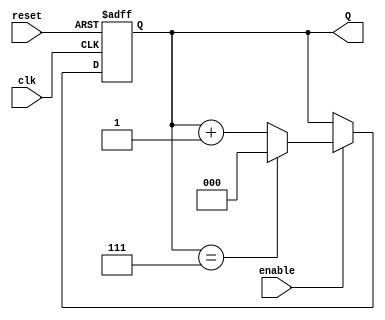
module binary_up_counter #(
    parameter N = 3  // Number of bits in the counter
)(
    input wire clk,        // Clock signal
    input wire reset,      // Asynchronous reset signal
    input wire enable,     // Enable signal
    output reg [N-1:0] Q   // Count output
);

    // Always block triggered on the rising edge of the clock or the reset signal
    always @(posedge clk or posedge reset) begin
        if (reset) begin
            Q <= 0;  // Reset the counter to 0
        end else if (enable) begin
            if (Q == (2**N - 1)) begin
                Q <= 0;  // Roll over to 0 after reaching maximum count
            end else begin
                Q <= Q + 1;  // Increment the counter
            end
        end
    end

endmodule